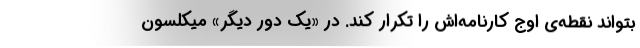
بتواند نقطه‌ی اوج کارنامه‌اش را تکرار کند. در «یک دور دیگر» میکلسون